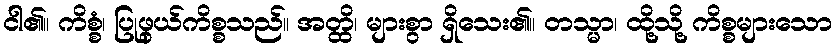
ငါ၏။ ကိစ္စံ၊ ပြုဖွယ်ကိစ္စသည်။ အတ္ထိ၊ များစွာ ရှိသေး၏။ တသ္မာ၊ ထို့သို့ ကိစ္စများသော